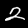
Label: 2